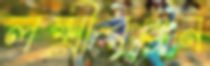
লক্ষ্মীরঞ্জন